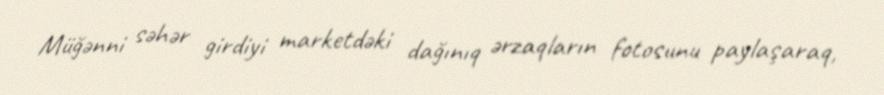
Müğənni səhər girdiyi marketdəki dağınıq ərzaqların fotosunu paylaşaraq,